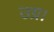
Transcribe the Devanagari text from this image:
उग्र।